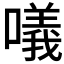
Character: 𠿿